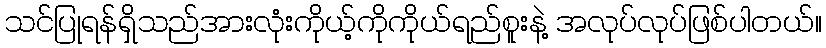
သင်ပြုရန်ရှိသည်အားလုံးကိုယ့်ကိုကိုယ်ရည်စူးနဲ့ အလုပ်လုပ်ဖြစ်ပါတယ်။